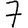
Digit: 7